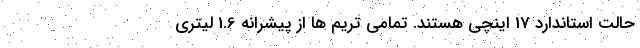
حالت استاندارد 17 اینچی هستند. تمامی تریم ها از پیشرانه 1.6 لیتری